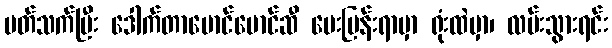
ပတ်သက်ပြီး ဒေါက်တာမောင်မောင်ဆီ မေးမြန်းရာမှာ ရုံးထဲမှာ၊ လမ်းသွားရင်း